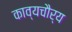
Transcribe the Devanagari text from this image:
काव्यचौर्य